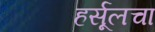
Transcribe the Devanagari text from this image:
हर्सूलचा